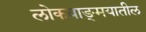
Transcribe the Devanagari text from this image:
लोकवाङ्‍मयातील